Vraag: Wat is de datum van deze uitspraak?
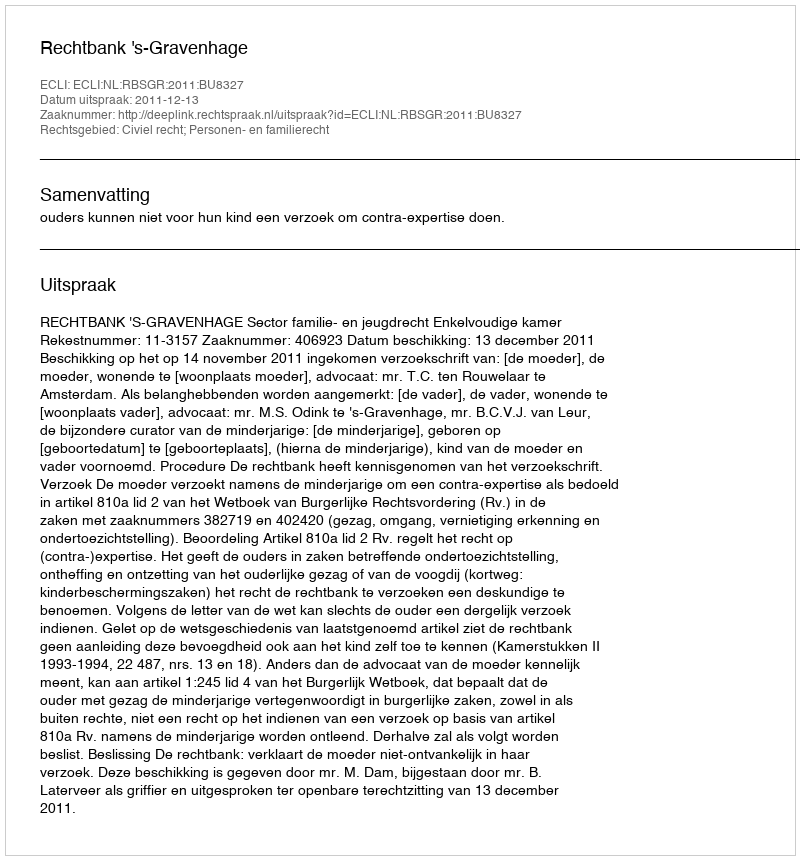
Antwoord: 2011-12-13